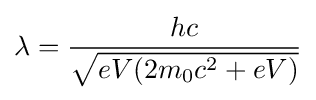
\lambda ={\frac {hc}{\sqrt {eV(2m_{0}c^{2}+eV)}}}